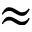
\approx